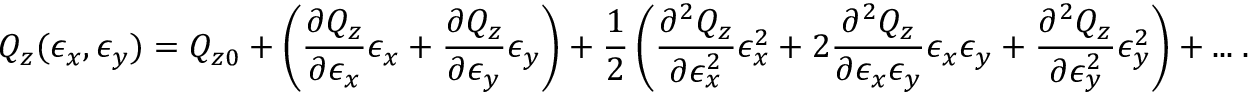
Q _ { z } ( \epsilon _ { x } , \epsilon _ { y } ) = Q _ { z 0 } + \left( \frac { \partial Q _ { z } } { \partial \epsilon _ { x } } \epsilon _ { x } + \frac { \partial Q _ { z } } { \partial \epsilon _ { y } } \epsilon _ { y } \right) + \frac { 1 } { 2 } \left( \frac { \partial ^ { 2 } Q _ { z } } { \partial \epsilon _ { x } ^ { 2 } } \epsilon _ { x } ^ { 2 } + 2 \frac { \partial ^ { 2 } Q _ { z } } { \partial \epsilon _ { x } \epsilon _ { y } } \epsilon _ { x } \epsilon _ { y } + \frac { \partial ^ { 2 } Q _ { z } } { \partial \epsilon _ { y } ^ { 2 } } \epsilon _ { y } ^ { 2 } \right) + . . . \; .